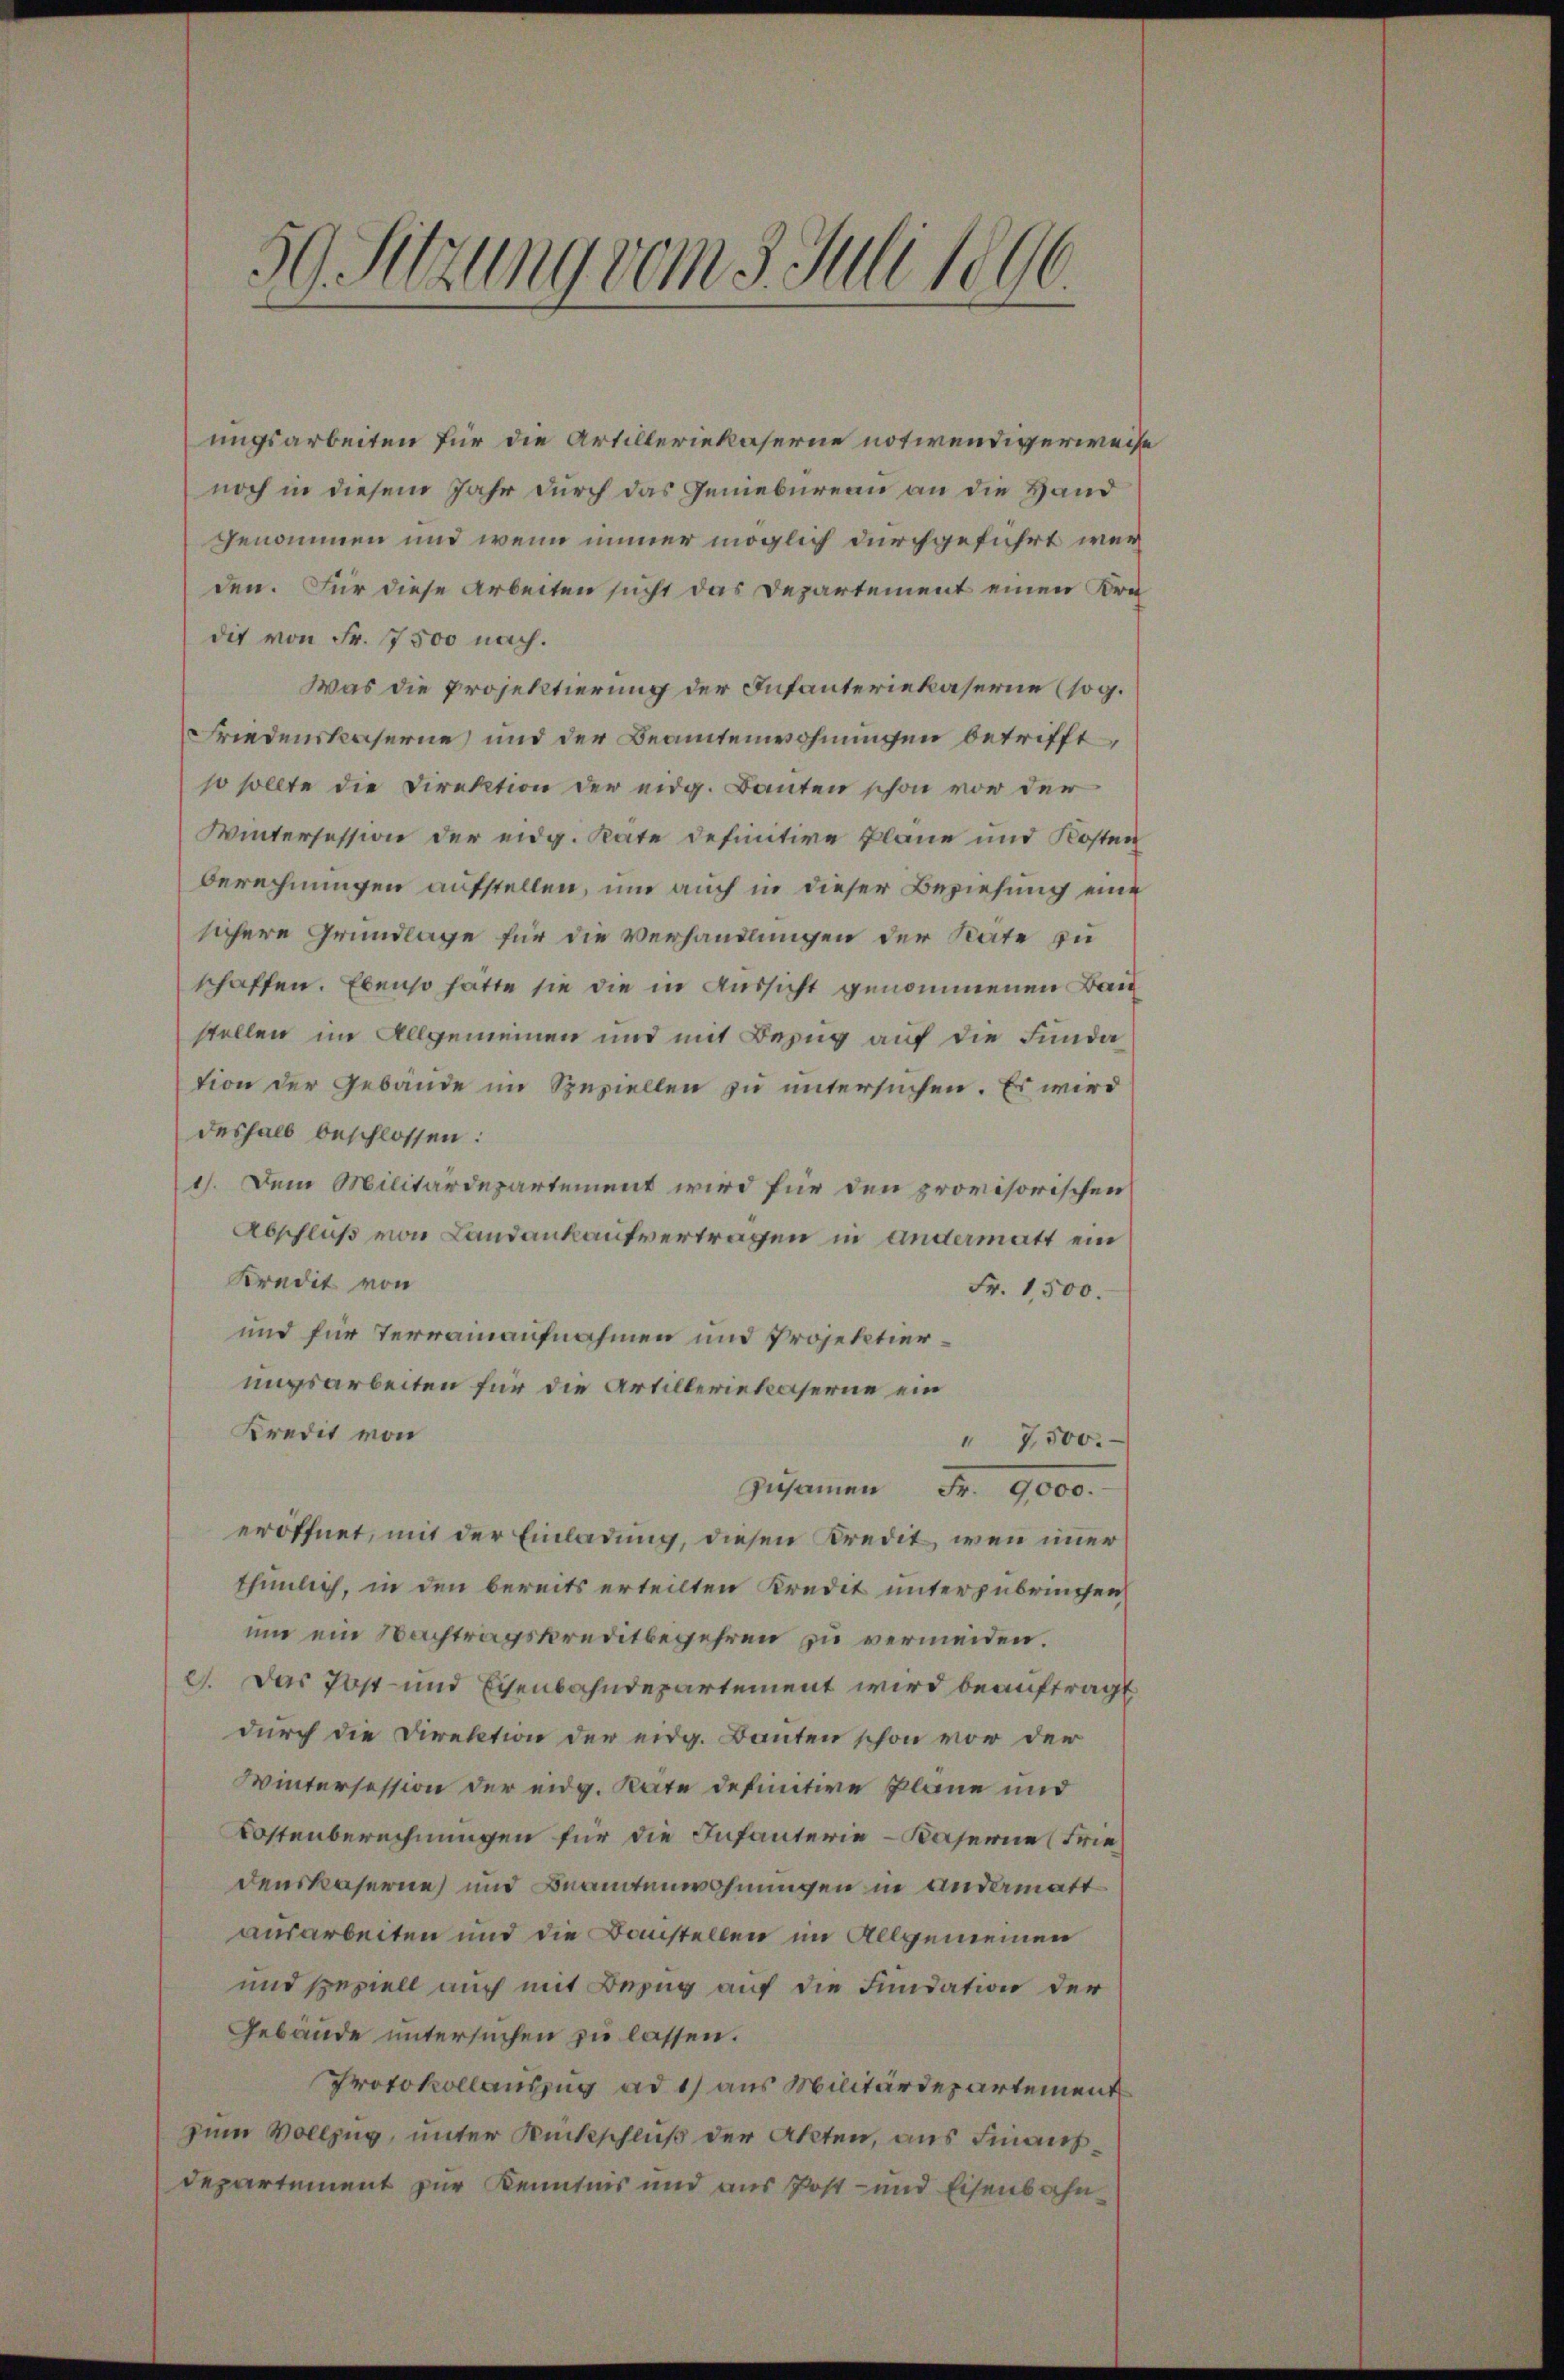
50 Sitzung vom 3. Juli 1896.

ungsarbeiten für die Artilleriekaserne notwendigerweise
noch in diesem Jahr durch das Geniebureau an die Hand
genommen und wenn immer möglich durchgeführt werden. Für diese Arbeiten sucht das Departement einen Kre-
die von Fr. 7500 nach.
Was die Projektierung der Infanteriekaserne (sog.
Friedenskaserne, und der Beamtenwohnungen betrifft,
so sollte die Direktion der eidg. Banten schon vor der
Wintersession der eidg. Räte definitive Pläne und Kosten
berechnungen aufstellen, um auch in dieser Beziehung eine
sichere Grundlage für die Verhandlungen der Rate zu
schaffen. Ebenso hatte sie die in Aussicht genommenen Baustellen im Allgemeinen und mit Bezug auf die Fundation der Gebäude im Speziellen zu untersuchen. Es wird
deshalb beschlossen:
1). Dem Militärdepartement wird für den provisorischen
Abschluß von Landankaufvertragen in andermatt ein
Kredit von
Fr. 1,500.
und für Terrainaufnahmen und Projektierungsarbeiten für die Artilleriekaserne ein
Kredit von
" 7500.
Zusammen Fr. 9000.
eröffnet, mit der Einladung, diesen Kredit, wenn immer
thümlich, in den bereits erteilten Kredit unterzubringen,
um ein Nachtragskreditbegehren zu vermeiden.
c. Das Post- und Eisenbahndepartement wird beauftragt
durch die Direktion der eidg. Bauten schon vor der
Wintersession der eidg. Rate definitive Pläne und
Kostenberechnungen für die Infanterie-Kaserne (Friedenskaserne und Beamtenwohnungen in andermatt
ausarbeiten und die Baustellen im Allgemeinen
und speziell auch mit Bezug auf die Fundation der
Gebäude untersuchen zu lassen.
Protokollauszug ad 1) aus Militärdepartement
zum Vollzug, unter Rückschluß der Akten, aus Finanzdepartement zur Kenntnis und aus Post- und Eisenbahn